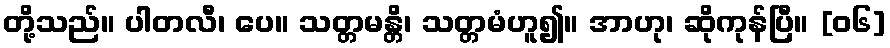
တို့သည်။ ပါတလီ၊ ပေ။ သတ္တမန္တိ၊ သတ္တမံဟူ၍။ အာဟု၊ ဆိုကုန်ပြီ။ [၀၆]